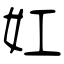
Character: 妅